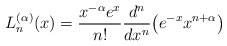
\begin{gather*}L_n^{(\alpha)}(x)={x^{-\alpha} e^x \over n!}{d^n \over dx^n} \big(e^{-x} x^{n+\alpha}\big)\end{gather*}